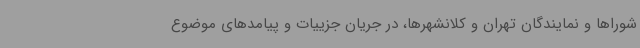
شوراها و نمایندگان تهران و کلانشهرها، در جریان جزییات و پیامدهای موضوع